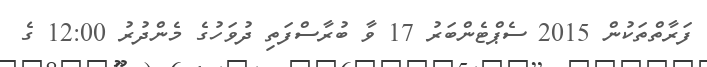
ފަރާތްތަކުން 2015 ސެޕްޓެންބަރު 17 ވާ ބުރާސްފަތި ދުވަހުގެ މެންދުރު 12:00 ގެ